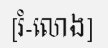
[រំ-លោង]